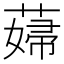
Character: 𦸱